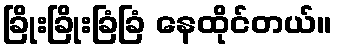
ခြိုးခြိုးခြံခြံ နေထိုင်တယ်။